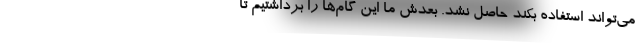
می‌تواند استفاده بکند حاصل نشد. بعدش ما این گام‌ها را برداشتیم تا